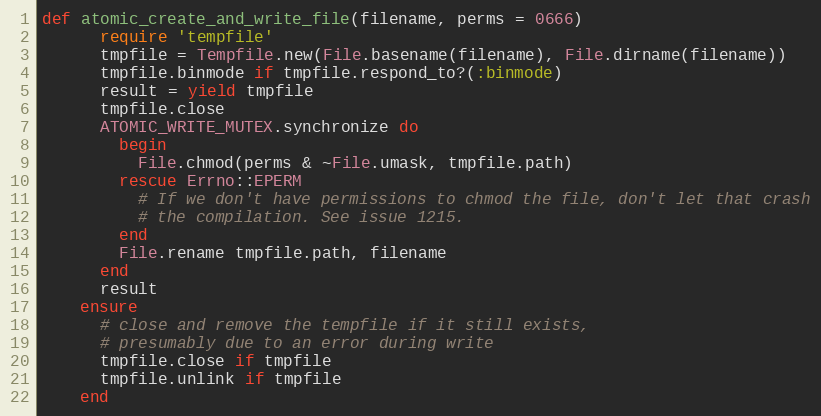
Language: Ruby
def atomic_create_and_write_file(filename, perms = 0666)
      require 'tempfile'
      tmpfile = Tempfile.new(File.basename(filename), File.dirname(filename))
      tmpfile.binmode if tmpfile.respond_to?(:binmode)
      result = yield tmpfile
      tmpfile.close
      ATOMIC_WRITE_MUTEX.synchronize do
        begin
          File.chmod(perms & ~File.umask, tmpfile.path)
        rescue Errno::EPERM
          # If we don't have permissions to chmod the file, don't let that crash
          # the compilation. See issue 1215.
        end
        File.rename tmpfile.path, filename
      end
      result
    ensure
      # close and remove the tempfile if it still exists,
      # presumably due to an error during write
      tmpfile.close if tmpfile
      tmpfile.unlink if tmpfile
    end